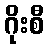
ဂိုးစီ